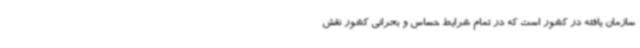
سازمان یافته در کشور است که در تمام شرایط حساس و بحرانی کشور نقش‌